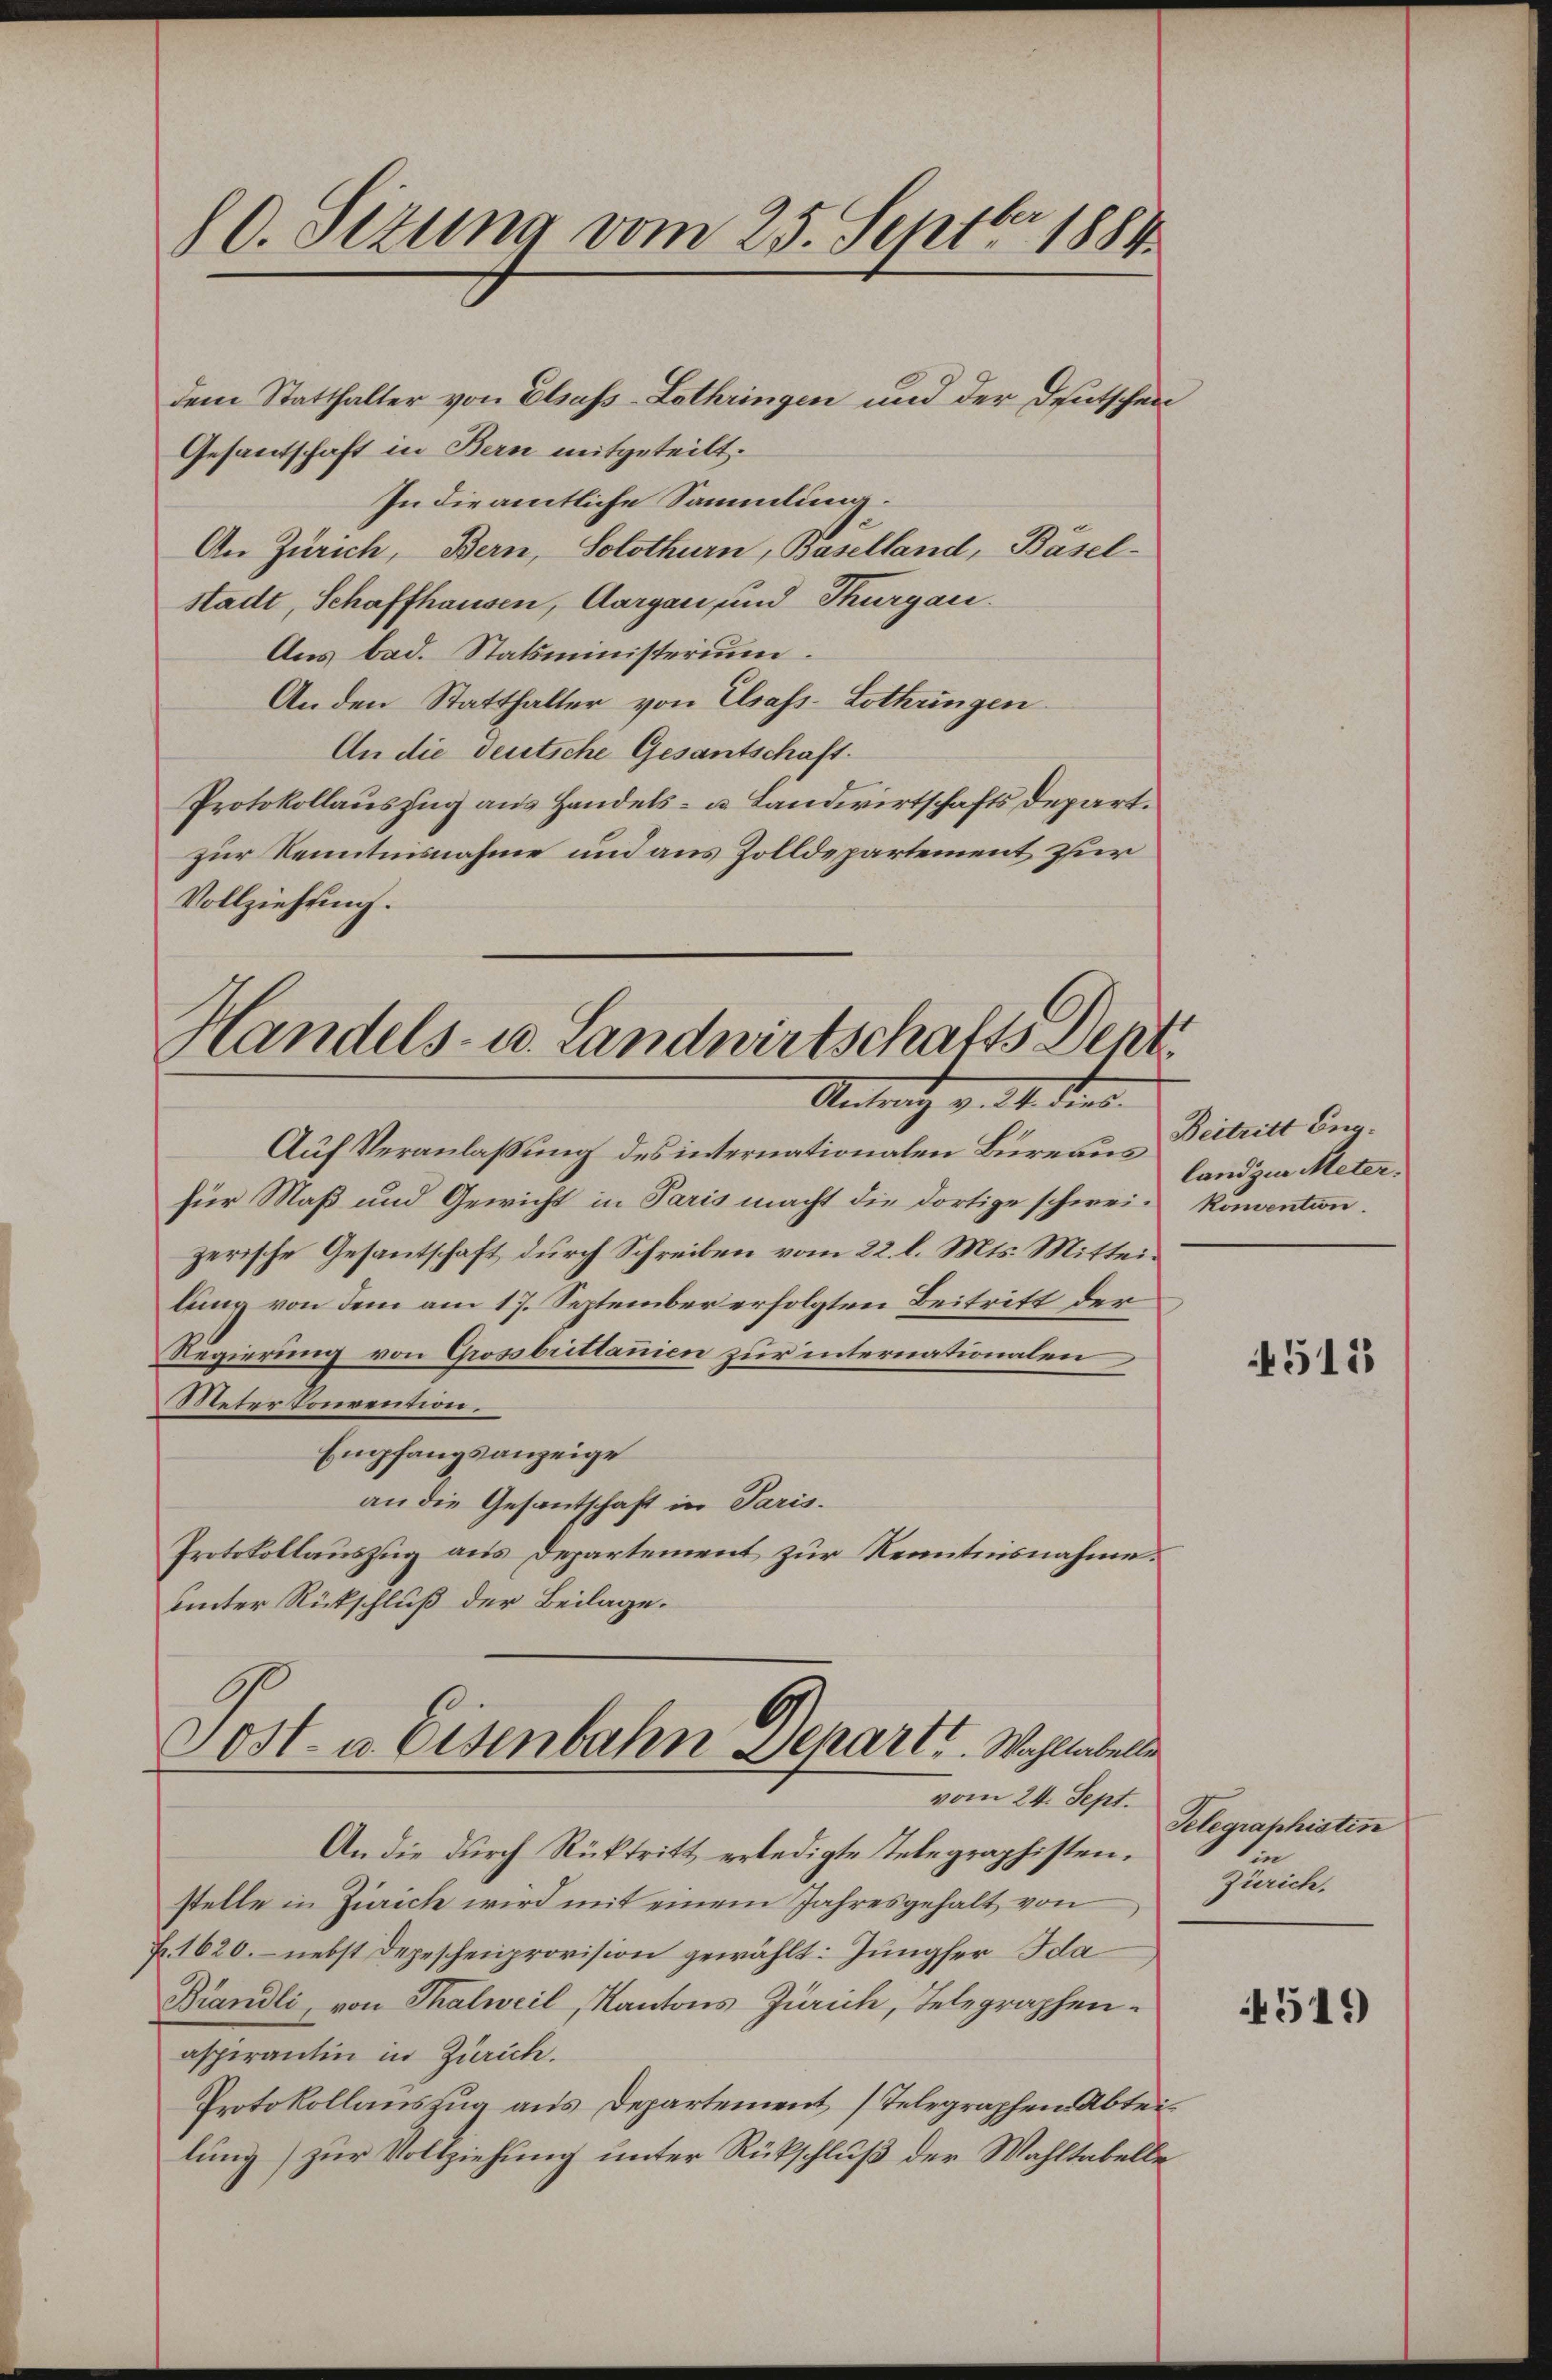
dem Statthalter von Elsass-Lothringen und der Deutschen
Gesandtschaft in Bern mitgeteilt.
In die amtliche Sammlung.
An Zürich, Bern, Solothurn, Baselland, Basel-
stadt, Schaffhausen, Aargau und Thurgau.
Aus bad. Statsministerium.
An den Statthalter von Elsass-Lothringen.
An die deutsche Gesantschaft.
Protokollauszug aus Handels- u. Landwirtschafts Depart.
zur Kenntnisnahme und aus Zolldepartement zur
Vollziehung.

80. Sizung vom 25. Septbr 1884

Handels- u. Landwirtschafts Dent
Antrag v. M. dens.

Auf Veranlaßung des internationalen Bureaus Beitritt de
für Maß und Gewicht in Paris macht die dortige schwei- Konvention.
zerische Gesantschaft durch Schreiben vom 22. l. Mts. Mitteilung von dem am 17. September erfolgten Beitritt der
Regierung von Grossbrittannien zur internationalen
Meter konvention.
Empfangsanzeige
an die Gesantschaft in Paris.
Protokollauszug aus Departement zur Kenntnisnahme.
unter Rückschluß der Beilage.

Sost- u. Eisenbahn Separte. Wahllabelle
vom 24. Sept.
An die durch Rücktritt erledigte Telegraphisten.

land zur Meter.

stelle in Zürich wird mit einem Jahresgehalt von
F. 1620. nebst Depeschenprovision gewählt: Jungfer Ida
Brändli, von Thalweil, Kantons Zürich, Telegraphenaspirantin in Zürich.
Protokollauszug aus Departement (Telegraphen Abteilung) zur Vollziehung unter Rückschluß der Wahltabelle¬

511

Telegraphisten
n
Zürich.

451)